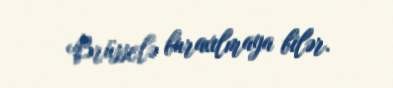
Brüsselə buraxılmaya bilər.